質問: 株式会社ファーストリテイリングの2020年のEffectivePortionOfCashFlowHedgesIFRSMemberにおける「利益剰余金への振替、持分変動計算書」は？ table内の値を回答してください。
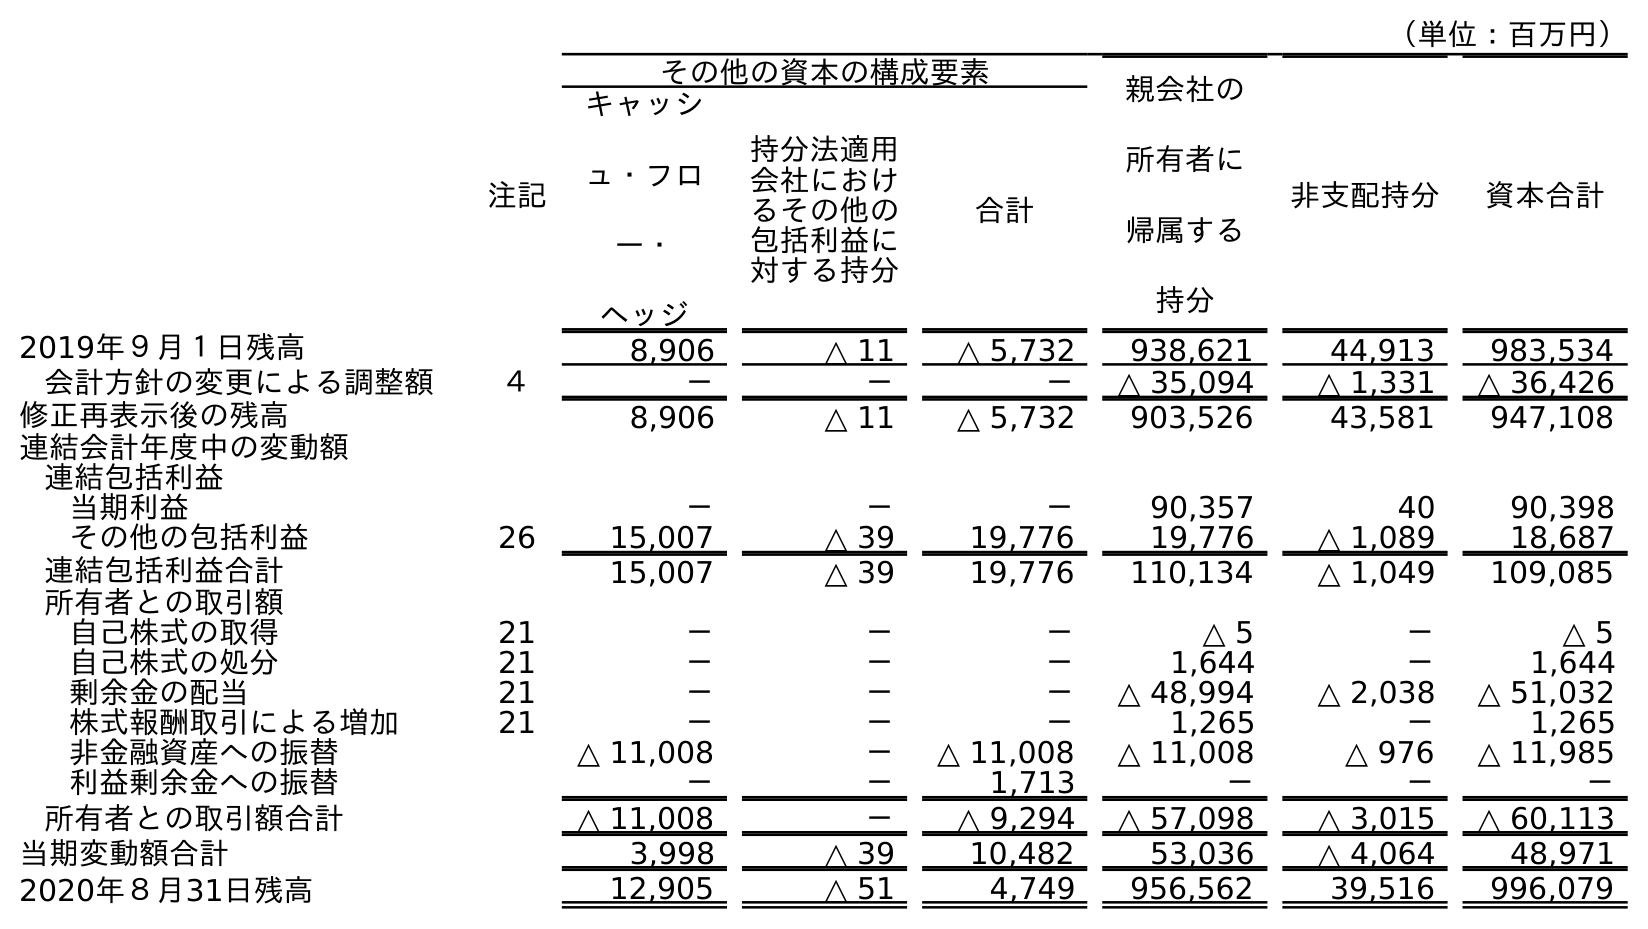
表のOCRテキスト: （単位：百万円） 注記 その他の資本の構成要素 親会社の 所有者に 帰属する 持分 非支配持分 資本合計 キャッシ ュ・フロ ー・ ヘッジ 持分法適用 会社におけ るその他の 包括利益に 対する持分 合計 2019年９月１日残高 8,906 △ 11 △ 5,732 938,621 44,913 983,534 会計方針の変更による調整額 ４ － － － △ 35,094 △ 1,331 △ 36,426 修正再表示後の残高 8,906 △ 11 △ 5,732 903,526 43,581 947,108 連結会計年度中の変動額 連結包括利益 当期利益 － － － 90,357 40 90,398 その他の包括利益 26 15,007 △ 39 19,776 19,776 △ 1,089 18,687 連結包括利益合計 15,007 △ 39 19,776 110,134 △ 1,049 109,085 所有者との取引額 自己株式の取得 21 － － － △ 5 － △ 5 自己株式の処分 21 － － － 1,644 － 1,644 剰余金の配当 21 － － － △ 48,994 △ 2,038 △ 51,032 株式報酬取引による増加 21 － － － 1,265 － 1,265 非金融資産への振替 △ 11,008 － △ 11,008 △ 11,008 △ 976 △ 11,985 利益剰余金への振替 － － 1,713 － － － 所有者との取引額合計 △ 11,008 － △ 9,294 △ 57,098 △ 3,015 △ 60,113 当期変動額合計 3,998 △ 39 10,482 53,036 △ 4,064 48,971 2020年８月31日残高 12,905 △ 51 4,749 956,562 39,516 996,079
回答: －